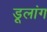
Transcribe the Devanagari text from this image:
डूलांग